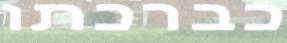
כברכתו